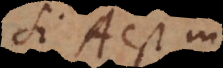
B, A est in